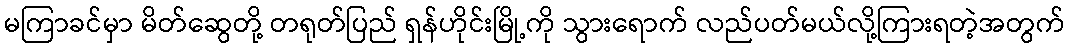
မကြာခင်မှာ မိတ်ဆွေတို့ တရုတ်ပြည် ရှန်ဟိုင်းမြို့ကို သွားရောက် လည်ပတ်မယ်လို့ကြားရတဲ့အတွက်